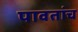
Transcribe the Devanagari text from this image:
पावतांच